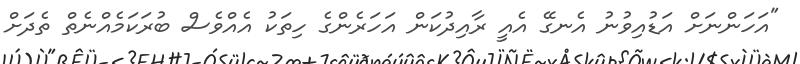
"އަހަންނަށް އަޑުއިވުނު އެނގޭ އެއީ ރާއިދުކަން އަހަރެންގެ ހިތަކު އެއްވެސް ބުރަކަމެއްނެތް ތެދަށް